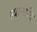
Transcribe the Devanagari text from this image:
स्थानादि